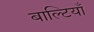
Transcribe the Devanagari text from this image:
बाल्टियाँ